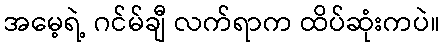
အမေ့ရဲ့ ဂင်မ်ချီ လက်ရာက ထိပ်ဆုံးကပဲ။